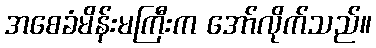
အစေခံမိန်းမကြီးက အော်လိုက်သည်။